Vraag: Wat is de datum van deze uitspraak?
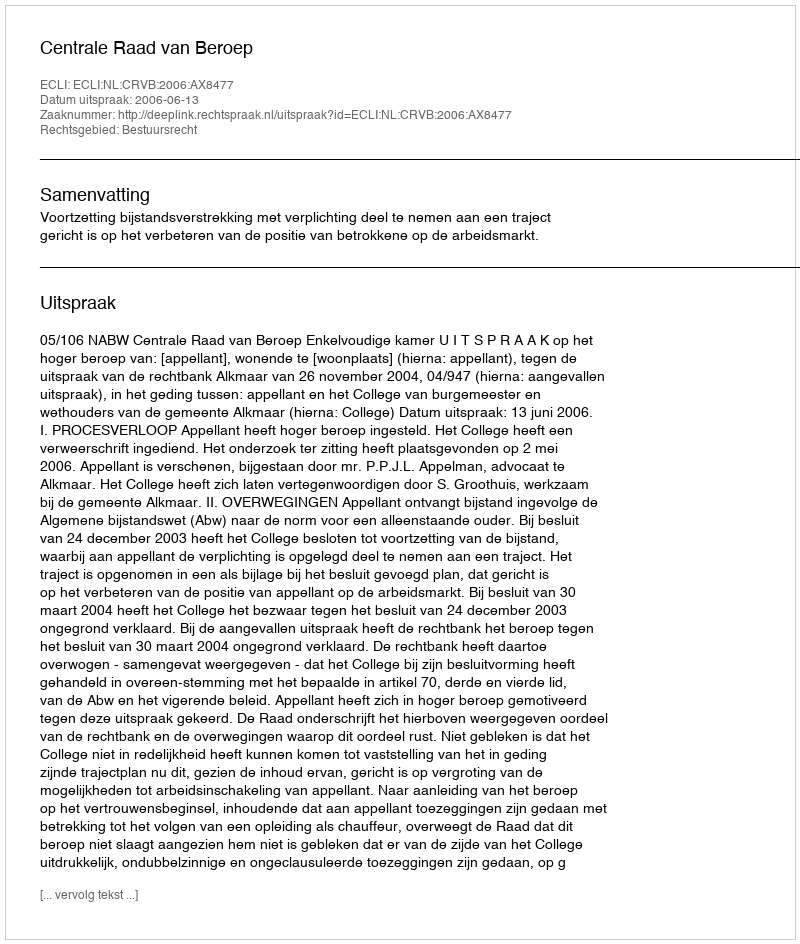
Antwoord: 2006-06-13